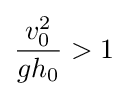
{\frac {v_{0}^{2}}{gh_{0}}}>1